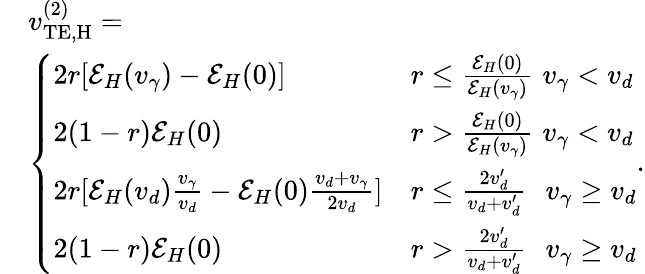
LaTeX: \begin{array}{rl}&{v_{\mathrm{TE,H}}^{(2)}=}\\ &{\left\{ \begin{array}{ll}{2r[\mathcal{E}_{H}(v_{\gamma})-\mathcal{E}_{H}(0)]}&{r\le\frac{\mathcal{E}_{H}(0)}{\mathcal{E}_{H}(v_{\gamma})}\, \, v_{\gamma}<v_{d}}\\ {2(1-r)\mathcal{E}_{H}(0)}&{r>\frac{\mathcal{E}_{H}(0)}{\mathcal{E}_{H}(v_{\gamma})}\, \, v_{\gamma}<v_{d}}\\ {2r[\mathcal{E}_{H}(v_{d})\frac{v_{\gamma}}{v_{d}}-\mathcal{E}_{H}(0)\frac{v_{d}+v_{\gamma}}{2v_{d}}]}&{r\le\frac{2v_{d}^{\prime}}{v_{d}+v_{d}^{\prime}}\, \, \, \, v_{\gamma}\ge v_{d}}\\ {2(1-r)\mathcal{E}_{H}(0)}&{r>\frac{2v_{d}^{\prime}}{v_{d}+v_{d}^{\prime}}\, \, \, \, v_{\gamma}\ge v_{d}}\end{array}\right..}\end{array}